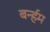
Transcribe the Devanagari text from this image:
बर्न्हम